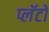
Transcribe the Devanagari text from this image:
प्लॅटो